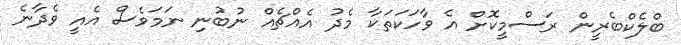
ބްލެކްބެރީން ރަސްމީކޮށް އެ ވާހަކަތަކާ މެދު އެއްޗެއް ނުބުނި ނަމަވެސް އެއީ ވެދާނެ